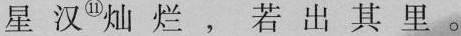
星汉^{①①} 灿烂，若出其里。